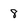
Character: 8